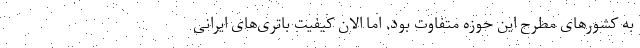
به کشورهای مطرح این حوزه متفاوت بود. اما الان کیفیت باتری‌های ایرانی